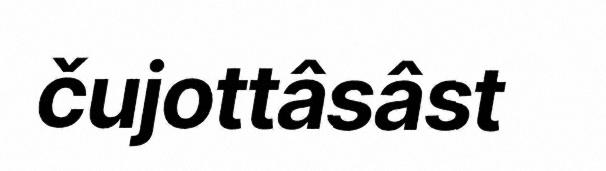
čujottâsâst